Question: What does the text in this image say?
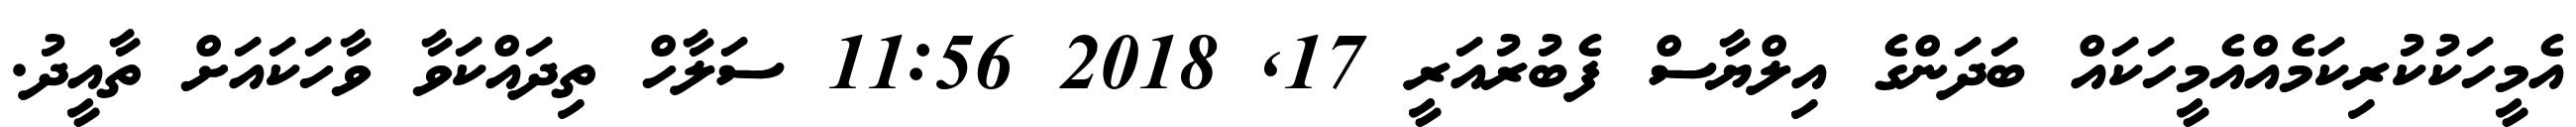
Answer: އެމީހަކުކުރިކަމެއްއެމީހަކައް ބަދަންގެ އިލްޔާސް ފެބުރުއަރީ 17, 2018 11:56 ސަލާހް ތިދައްކަވާ ވާހަކައަށް ތާއީދު.